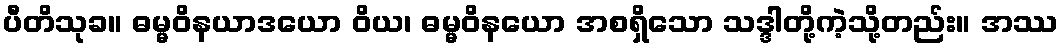
ပီတိသုခ။ ဓမ္မဝိနယာဒယော ဝိယ၊ ဓမ္မဝိနယော အစရှိသော သဒ္ဒါတို့ကဲ့သို့တည်း။ အဿ